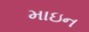
માઇન